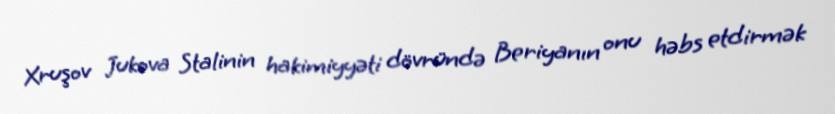
Xruşov Jukova Stalinin hakimiyyəti dövründə Beriyanın onu həbs etdirmək